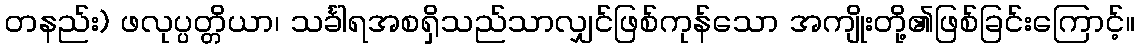
တနည်း) ဖလုပ္ပတ္တိယာ၊ သင်္ခါရအစရှိသည်သာလျှင်ဖြစ်ကုန်သော အကျိုးတို့၏ဖြစ်ခြင်းကြောင့်။